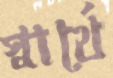
স্বার্থে